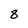
Character: 8